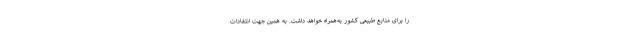
را برای منابع طبیعی کشور به‌همراه خواهد داشت. به همین جهت انتقادات